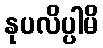
နုပလိပ္ပါမိ